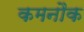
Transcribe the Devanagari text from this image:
कमनौक